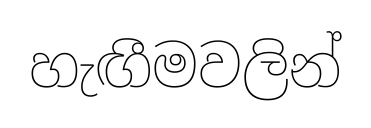
හැඟීමවලින්